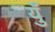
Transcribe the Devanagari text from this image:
युँ